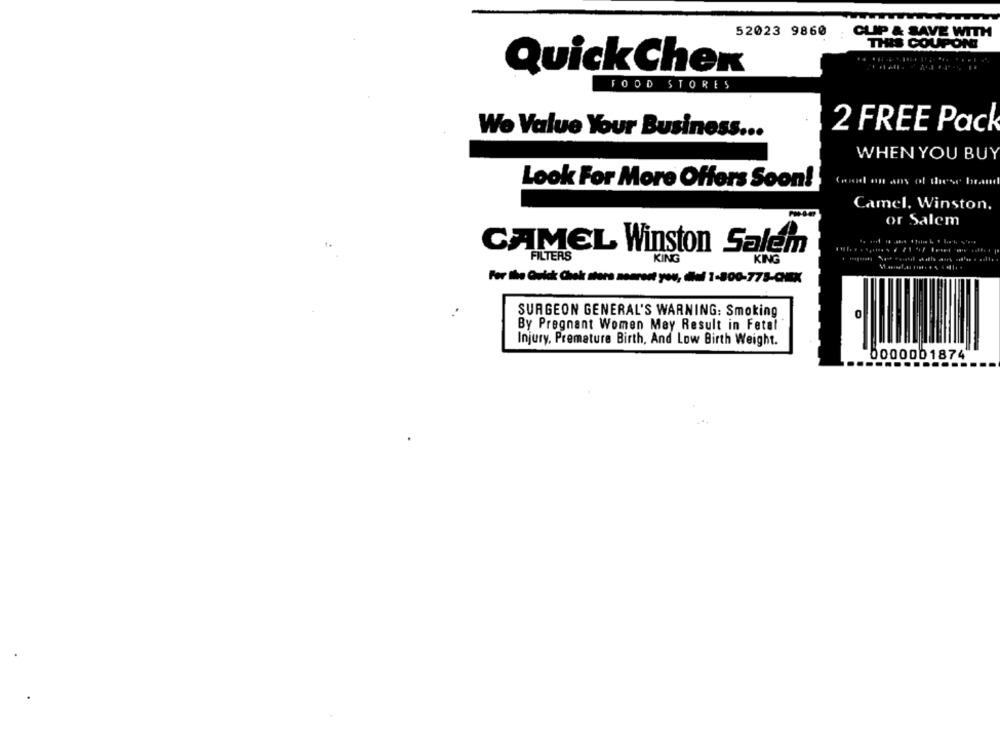
52023 9860
CLIP & SAVE WITH
THIS COUPON
QuickChex
FOOD STORES
We Value Your Business ...
2 FREE Pack
WHEN YOU BUY
Good on ans of these brand
Look For More Offers Soon!
Camel. Winston.
or Salem
CAMEL Winston Salem
KING
KING
For the Quick Chek sters nearest you, dief 1-800-778-CNEX
SURGEON GENERAL'S WARNING: Smoking
0
By Pregnant Women May Result in Fetal
Injury, Premature Birth, And Low Birth Weight.
0000001874